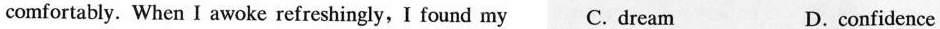
comfortably. When I awoke refreshingly,I found my C. dream D. confidence